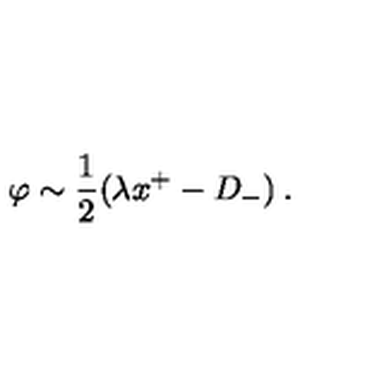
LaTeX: \: \varphi \sim \frac { 1 } { 2 } ( \lambda x ^ { + } - D _ { - } ) \: .